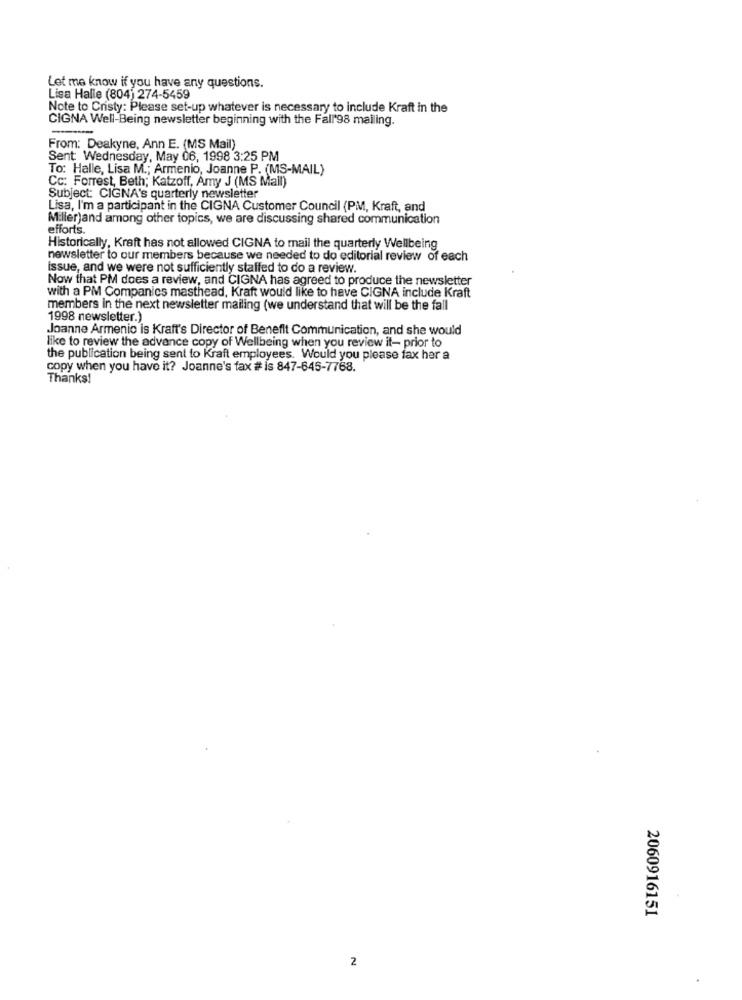
Let me know if you have any questions.
Lisa Halle (804) 274-5459
Note to Cristy: Please set-up whatever is necessary to include Kraft in the
CIGNA Well-Being newsletter beginning with the Fall'98 mailing.
From: Deakyne, Ann E. (MS Mail)
Sent: Wednesday, May 06, 1998 3:25 PM
To: Halle, Lisa M .; Armenio, Joanne P. (MS-MAIL)
Cc: Forrest, Beth; Katzoff, Amy J (MS Mall)
Subject: CIGNA's quarterly newsletter
Lisa, I'm a participant in the CIGNA Customer Council (PM, Kraft, and
Miller)and among other topics, we are discussing shared communication
efforts.
Historically, Kraft has not allowed CIGNA to mail the quarterly Wellbeing
newsletter to our members because we needed to do editorial review of each
issue, and we were not sufficiently staffed to do a review.
Now that PM does a review, and CIGNA has agreed to produce the newsletter
with a PM Companies masthead, Kraft would like to have CIGNA include Kraft
members in the next newsletter mailing (we understand that will be the fall
1998 newsletter.)
Joanne Armenio is Kraft's Director of Benefit Communication, and she would
like to review the advance copy of Wellbeing when you review it- prior to
the publication being sent to Kraft employees. Would you please fax her a
copy when you have it? Joanne's fax # is 847-645-7768.
Thanks!
2060916151
2